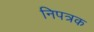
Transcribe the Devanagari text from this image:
निपत्रक